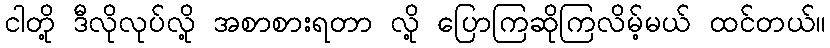
ငါတို့ ဒီလိုလုပ်လို့ အစာစားရတာ လို့ ပြောကြဆိုကြလိမ့်မယ် ထင်တယ်။